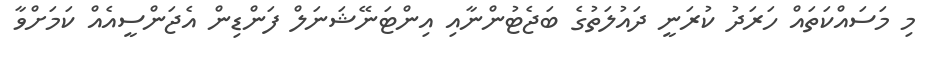
މި މަސައްކަތައް ހަރަދު ކުރަނީ ދައުލަތުގެ ބަޖެޓުންނާއި އިންޓަނޭޝަނަލް ފަންޑިން އެޖަންސީއެއް ކަމަށްވާ